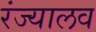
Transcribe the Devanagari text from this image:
रंज्यालव